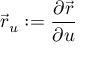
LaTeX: { \vec { r } } _ { u } : = { \frac { \partial { \vec { r } } } { \partial u } }